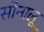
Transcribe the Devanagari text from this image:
सोनालू